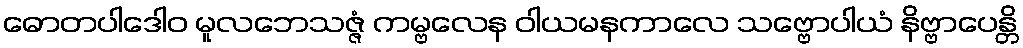
ဓောတပါဒေါဝ မူလဘေသဇ္ဇံ ကမ္ဗလေန ဝါယမနကာလေ သဗ္ဗောပါယံ နိဗ္ဗာပေန္တိ